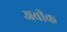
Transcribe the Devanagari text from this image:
अवीक